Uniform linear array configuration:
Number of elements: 24
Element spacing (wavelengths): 0.25
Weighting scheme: binomial
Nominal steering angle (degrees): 15
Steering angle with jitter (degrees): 16.296
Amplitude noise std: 0.05
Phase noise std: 0.05

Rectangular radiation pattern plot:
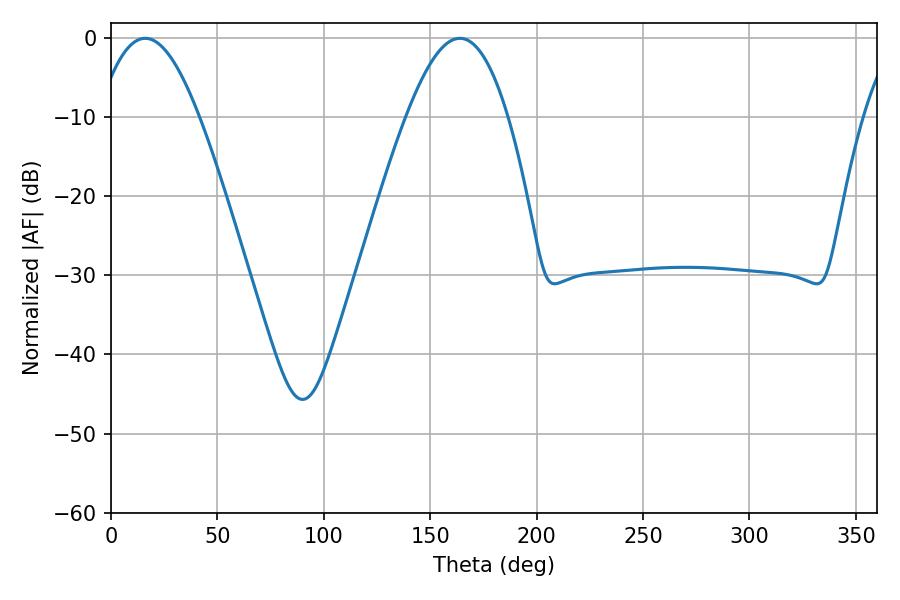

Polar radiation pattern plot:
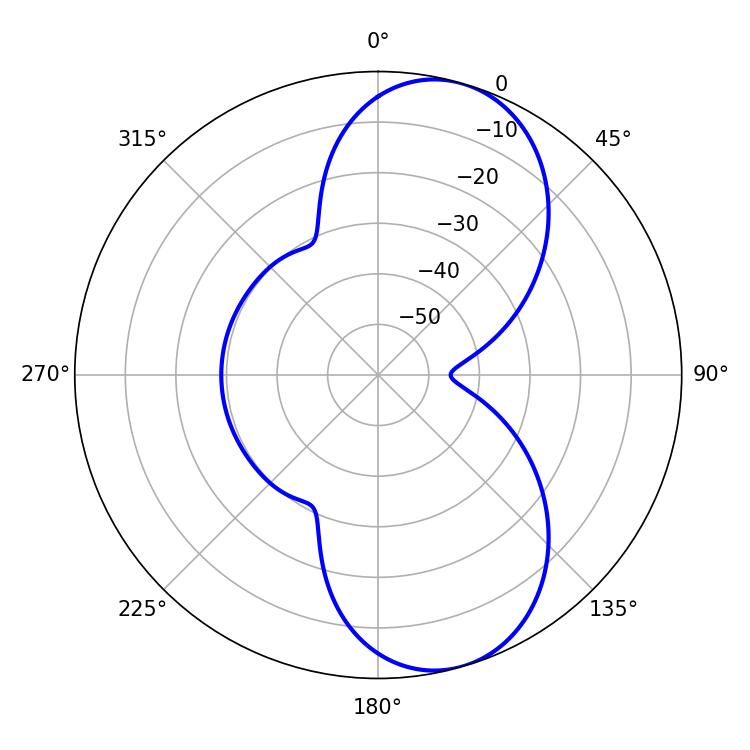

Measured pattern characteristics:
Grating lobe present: FALSE
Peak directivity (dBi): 8.558
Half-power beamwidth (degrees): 25.92
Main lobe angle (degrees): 16.02